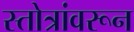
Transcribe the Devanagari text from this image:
स्तोत्रांवरून